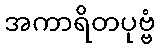
အကာရိတပုဗ္ဗံ